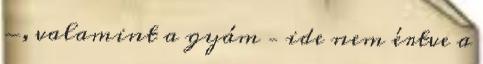
-, valamint a gyám – ide nem értve a